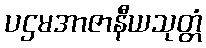
ပဌမအာဇာနီယသုတ္တံ